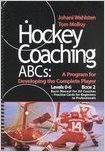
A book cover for Hockey Coaching ABCs: A Program for Developing the Complete Player : Level 0-6; Juhani Wahlsten; Sports & Outdoors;